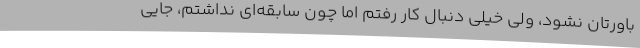
باورتان نشود، ولی خیلی دنبال کار رفتم اما چون سابقه‌ای نداشتم، جایی